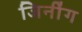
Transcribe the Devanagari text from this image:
जिनींग